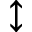
\updownarrow